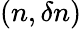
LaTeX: (n,\delta n)